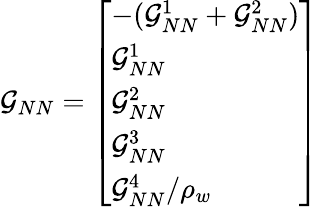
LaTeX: \mathcal{G}_{NN}=\left[\begin{array}{l}{-(\mathcal{G}_{NN}^{1}+\mathcal{G}_{NN}^{2})}\\ {\mathcal{G}_{NN}^{1}}\\ {\mathcal{G}_{NN}^{2}}\\ {\mathcal{G}_{NN}^{3}}\\ {\mathcal{G}_{NN}^{4}/\rho_{w}}\end{array}\right]